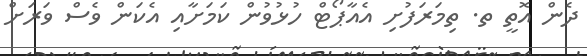
ދެން އޮތީ ތ. ތިމަރަފުށި އެއާޕޯޓް ހުޅުވުން ކަމަށާއި އެކަން ވެސް ވަރަށް